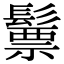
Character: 𩮳